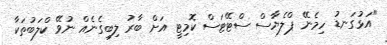
"އަޅުގަނޑު ހިމެނޭ ޕްލެޔާސް ސްޓޭޓަސް ކޮމިޓީ އަށް ބާރު ލިބިގެނެއް ނުވޭ ކްލަބުތަކާ